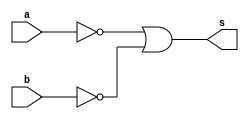
//---------------------
// Exemplo0009 - NAND
// Nome: Miguel Sousa
//---------------------

//---------------------
//--nand gate
//---------------------
module nandgate (output s,
					  input  a,
					  input  b);
  assign s = ( ~a | ~b );
endmodule // nand

//---------------------
//--test nand gate
//---------------------
module testnandgate;
//-------------------------dados locais
reg a, b; // definir registradores
wire s;
			// definir conexao (fio)
//-------------------------instancia
nandgate NAND1 (s, a, b);
//-------------------------preparacao
initial begin:start
				// atribuicao simultanea
				// dos valores iniciais
 a=0; b=0;
end
//-------------------------parte principal

initial begin
	$display("Exemplo0009 - Miguel Sousa - 463985");
	$display("Test NAND gate");
	$display("\n~a | ~b = s\n");
	a=0; b=0;
#1	$display("~%b | ~%b = %b", a, b, s);
	a=0; b=1;
#1	$display("~%b | ~%b = %b", a, b, s);
	a=1; b=0;
#1	$display("~%b | ~%b = %b", a, b, s);
	a=1; b=1;
#1	$display("~%b | ~%b = %b", a, b, s);
end

endmodule // testnandgate